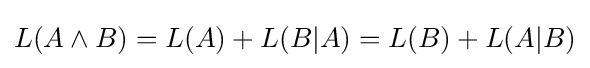
L(A\land B)=L(A)+L(B|A)=L(B)+L(A|B)